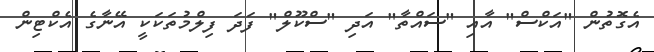
އެގޮތުން "އަކްސް" އާއި "ސައްތާ" އަދި "ސްކޫލް" ފަދަ ފިލްމުތަކަކީ އޭނާގެ އެކްޓިން